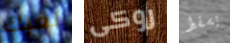
لقبك روكى يسقط